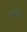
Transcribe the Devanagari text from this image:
मर्चंट्‌स